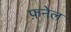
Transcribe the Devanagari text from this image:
फ़नेल